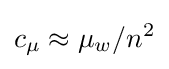
c_{\mu }\approx \mu _{w}/n^{2}